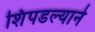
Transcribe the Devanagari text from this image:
शिंपडल्याने